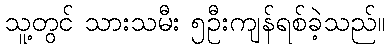
သူ့တွင် သားသမီး ၅ဦးကျန်ရစ်ခဲ့သည်။